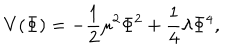
LaTeX: V ( \Phi ) = - \frac { 1 } { 2 } \mu ^ { 2 } \Phi ^ { 2 } + \frac { 1 } { 4 } \lambda \Phi ^ { 4 } ,